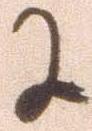
に